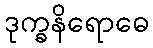
ဒုက္ခနိရောဓေ